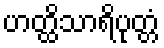
ဟတ္ထိသာရိပုတ္တံ